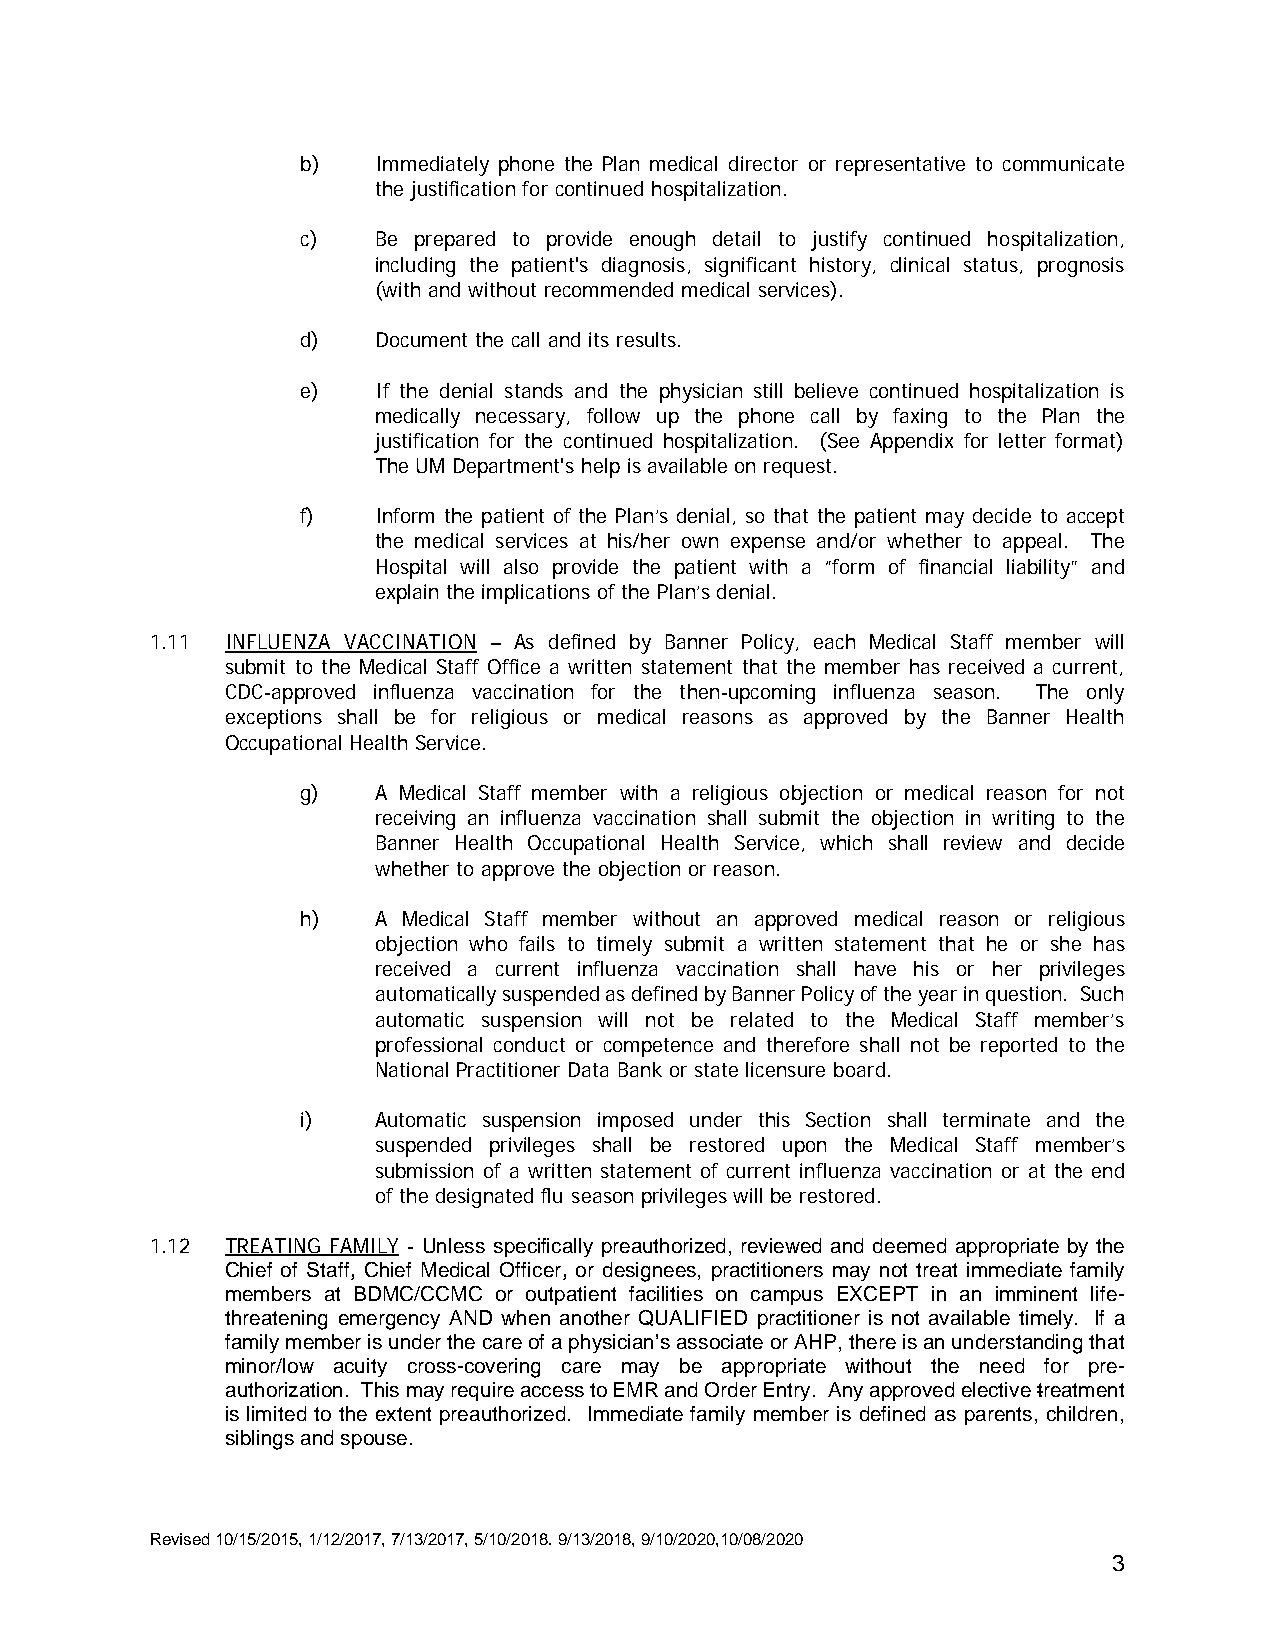
b)   Immediately phone the Plan medical director or representative to communicate
 the justification for continued hospitalization.
 c)   Be prepared to provide enough detail to justify continued hospitalization,
 including the patient's diagnosis, significant history, clinical status, prognosis
 (with and without recommended medical services).
 d)   Document the call and its results.
 e)   If the denial stands and the physician still believe continued hospitalization is
 medically necessary, follow up the phone call by faxing to the Plan the
 justification for the continued hospitalization. (See Appendix for letter format)
 The UM Department's help is available on request.
 f)   Inform the patient of the Plan’s denial, so that the patient may decide to accept
 the medical services at his/her own expense and/or whether to appeal. The
 Hospital will also provide the patient with a “form of financial liability” and
 explain the implications of the Plan’s denial.
 1.11 INFLUENZA VACCINATION – As defined by Banner Policy, each Medical Staff member will
 submit to the Medical Staff Office a written statement that the member has received a current,
 CDC-approved influenza vaccination for the then-upcoming influenza season. The only
 exceptions shall be for religious or medical reasons as approved by the Banner Health
 Occupational Health Service.
 g)   A Medical Staff member with a religious objection or medical reason for not
 receiving an influenza vaccination shall submit the objection in writing to the
 Banner Health Occupational Health Service, which shall review and decide
 whether to approve the objection or reason.
 h)   A Medical Staff member without an approved medical reason or religious
 objection who fails to timely submit a written statement that he or she has
 received a current influenza vaccination shall have his or her privileges
 automatically suspended as defined by Banner Policy of the year in question. Such
 automatic suspension will not be related to the Medical Staff member’s
 professional conduct or competence and therefore shall not be reported to the
 National Practitioner Data Bank or state licensure board.
 i)   Automatic suspension imposed under this Section shall terminate and the
 suspended privileges shall be restored upon the Medical Staff member’s
 submission of a written statement of current influenza vaccination or at the end
 of the designated flu season privileges will be restored.
 1.12 TREATING FAMILY - Unless specifically preauthorized, reviewed and deemed appropriate by the
 Chief of Staff, Chief Medical Officer, or designees, practitioners may not treat immediate family
 members at BDMC/CCMC or outpatient facilities on campus EXCEPT in an imminent life-
 threatening emergency AND when another QUALIFIED practitioner is not available timely. If a
 family member is under the care of a physician’s associate or AHP, there is an understanding that
 minor/low acuity cross-covering care may be appropriate without the need for pre-
 authorization. This may require access to EMR and Order Entry. Any approved elective treatment
 is limited to the extent preauthorized. Immediate family member is defined as parents, children,
 siblings and spouse.
 Revised 10/15/2015, 1/12/2017, 7/13/2017, 5/10/2018. 9/13/2018, 9/10/2020,10/08/2020
 3